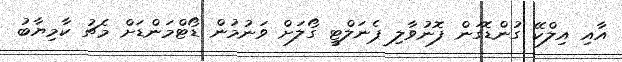
އާއި އިލްކޭ ގުންޑޮގަން ފޮނުވާލި ޕެނަލްޓީ ގޯލަށް ވަނުމުން ޑޯޓްމަންޑަށް މެޗު ކާމިޔާބު